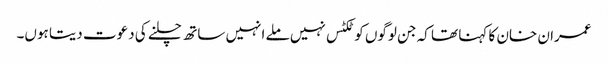
عمران خان کا کہنا تھا کہ جن لوگوں کو ٹکٹس نہیں ملے انہیں ساتھ چلنے کی دعوت دیتا ہوں۔